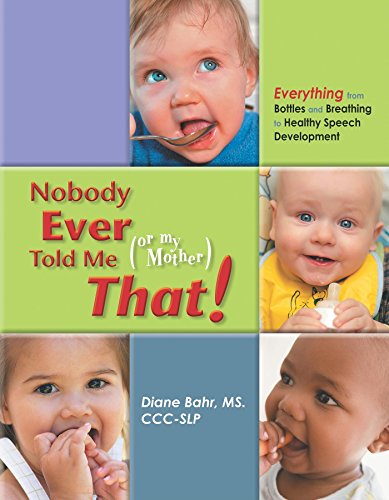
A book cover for Nobody Ever Told Me (or my Mother) That!: Everything from Bottles and Breathing to Healthy Speech Development; Diane Bahr; Parenting & Relationships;